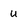
Character: u